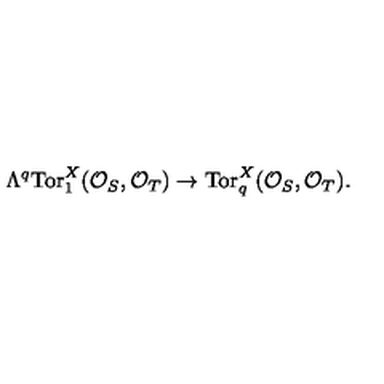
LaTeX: \Lambda ^ { q } \mathrm { T o r } _ { 1 } ^ { X } ( { \cal O } _ { S } , { \cal O } _ { T } ) \to \mathrm { T o r } _ { q } ^ { X } ( { \cal O } _ { S } , { \cal O } _ { T } ) .